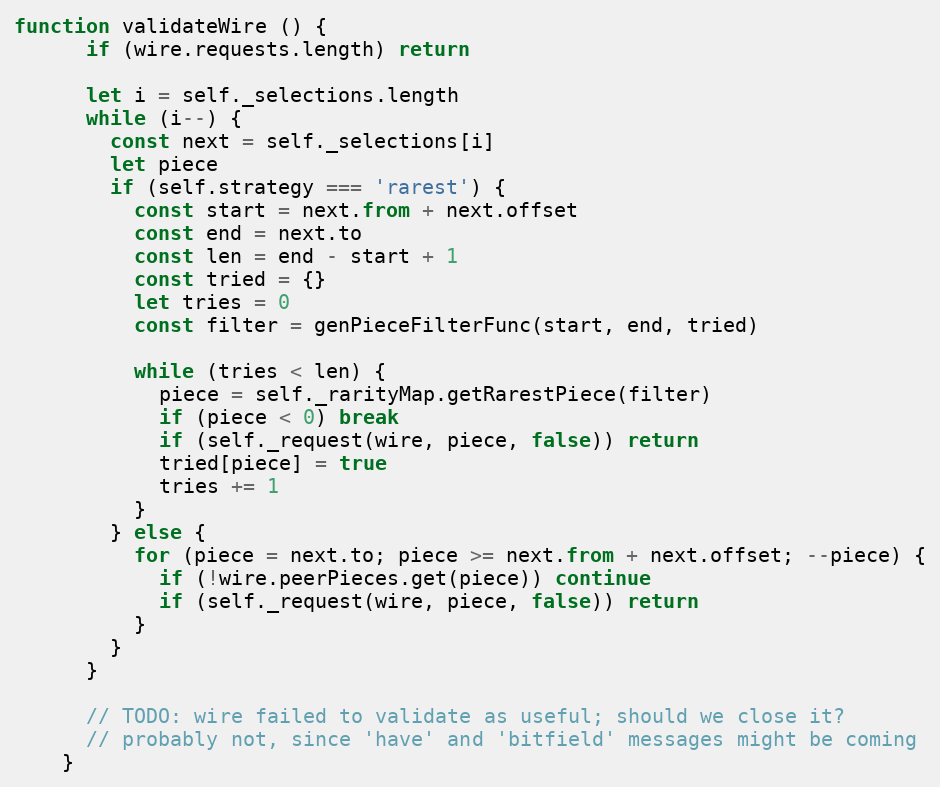
Language: JavaScript
function validateWire () {
      if (wire.requests.length) return

      let i = self._selections.length
      while (i--) {
        const next = self._selections[i]
        let piece
        if (self.strategy === 'rarest') {
          const start = next.from + next.offset
          const end = next.to
          const len = end - start + 1
          const tried = {}
          let tries = 0
          const filter = genPieceFilterFunc(start, end, tried)

          while (tries < len) {
            piece = self._rarityMap.getRarestPiece(filter)
            if (piece < 0) break
            if (self._request(wire, piece, false)) return
            tried[piece] = true
            tries += 1
          }
        } else {
          for (piece = next.to; piece >= next.from + next.offset; --piece) {
            if (!wire.peerPieces.get(piece)) continue
            if (self._request(wire, piece, false)) return
          }
        }
      }

      // TODO: wire failed to validate as useful; should we close it?
      // probably not, since 'have' and 'bitfield' messages might be coming
    }